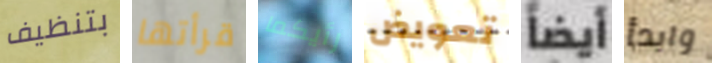
بتنظيف قرأتها رأيكما تعويض أيضاً وابدأ